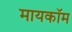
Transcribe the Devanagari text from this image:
मायकॉम